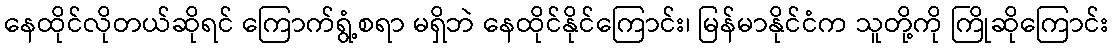
နေထိုင်လိုတယ်ဆိုရင် ကြောက်ရွံ့စရာ မရှိဘဲ နေထိုင်နိုင်ကြောင်း၊ မြန်မာနိုင်ငံက သူတို့ကို ကြိုဆိုကြောင်း